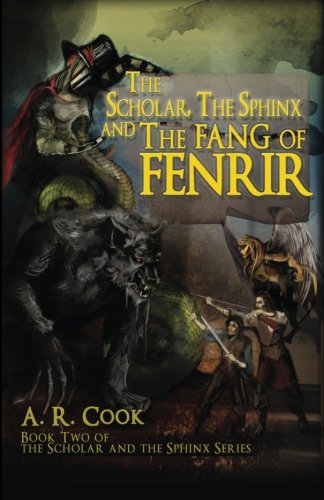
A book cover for The Scholar, the Sphinx and the Fang of Fenrir (The Scholar and the Sphinx); A.R. Cook; Teen & Young Adult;